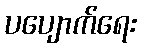
ပပျောက်ရေး